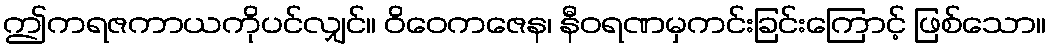
ဤကရဇကာယကိုပင်လျှင်။ ဝိဝေကဇေန၊ နီဝရဏမှကင်းခြင်းကြောင့် ဖြစ်သော။